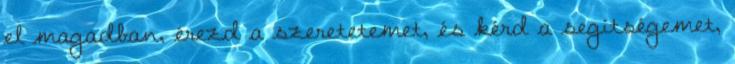
el magadban, érezd a szeretetemet, és kérd a segítségemet,